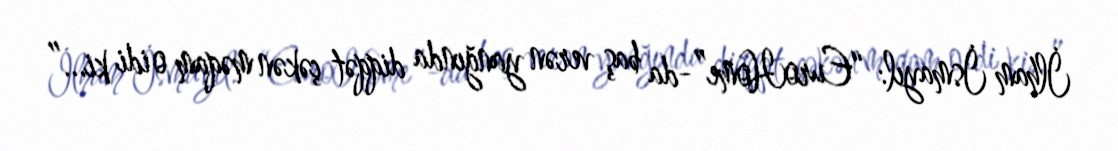
İlham İsmayıl: “EuroHome”-da baş verən yanğında diqqət çəkən məqam o idi ki...”